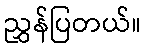
ညွှန်ပြတယ်။